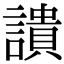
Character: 䜋